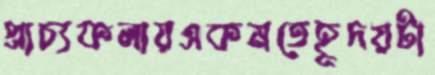
প্রাচ্যকলায়একমতেহূদয়টা